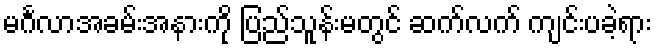
မင်္ဂလာအခမ်းအနားကို ပြည်သူန်းမတွင် ဆက်လက် ကျင်းပခဲ့ရား